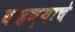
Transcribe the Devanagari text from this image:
वाहण्याचे